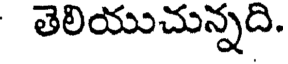
తెలియుచున్నది.